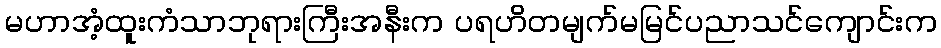
မဟာအံ့ထူးကံသာဘုရားကြီးအနီးက ပရဟိတမျက်မမြင်ပညာသင်ကျောင်းက